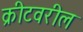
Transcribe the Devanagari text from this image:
क्रीटवरील